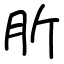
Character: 肵